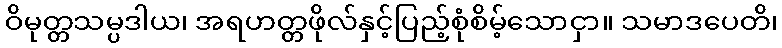
ဝိမုတ္တသမ္ပဒါယ၊ အရဟတ္တဖိုလ်နှင့်ပြည့်စုံစိမ့်သောငှာ။ သမာဒပေတိ၊